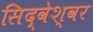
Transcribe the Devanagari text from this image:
सिद्वेश्वर